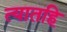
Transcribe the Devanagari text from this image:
त्यातहि